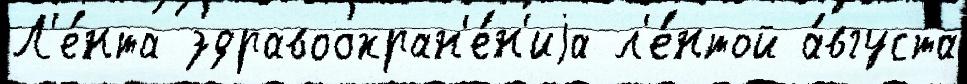
Л'е́нта здравоохран'е́н'иjа л'е́нтой а́вгуста